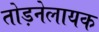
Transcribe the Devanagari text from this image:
तोड़नेलायक